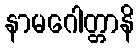
နာမဂေါတ္တာနိ